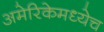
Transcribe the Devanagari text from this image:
अमेरिकेमध्येच